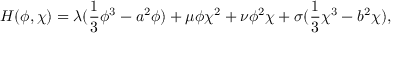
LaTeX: H ( \phi , \chi ) = \lambda ( \frac { 1 } { 3 } \phi ^ { 3 } - a ^ { 2 } \phi ) + \mu \phi \chi ^ { 2 } + \nu \phi ^ { 2 } \chi + \sigma ( \frac { 1 } { 3 } \chi ^ { 3 } - b ^ { 2 } \chi ) ,